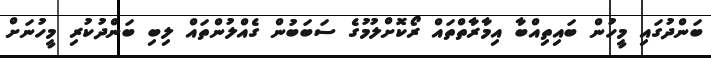
ބަންދުގައި މީހުން ބައިތިއްބާ އިމާރާތްތައް ރޯކޮށްލުމުގެ ސަބަބުން ގެއްލުންތައް ލިބި ބަންދުކުރި މީހުނަށް